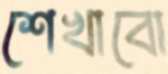
শেখাবো